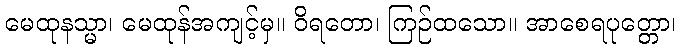
မေထုနသ္မာ၊ မေထုန်အကျင့်မှ။ ဝိရတော၊ ကြဉ်ထသော။ အာစေရပုတ္တော၊